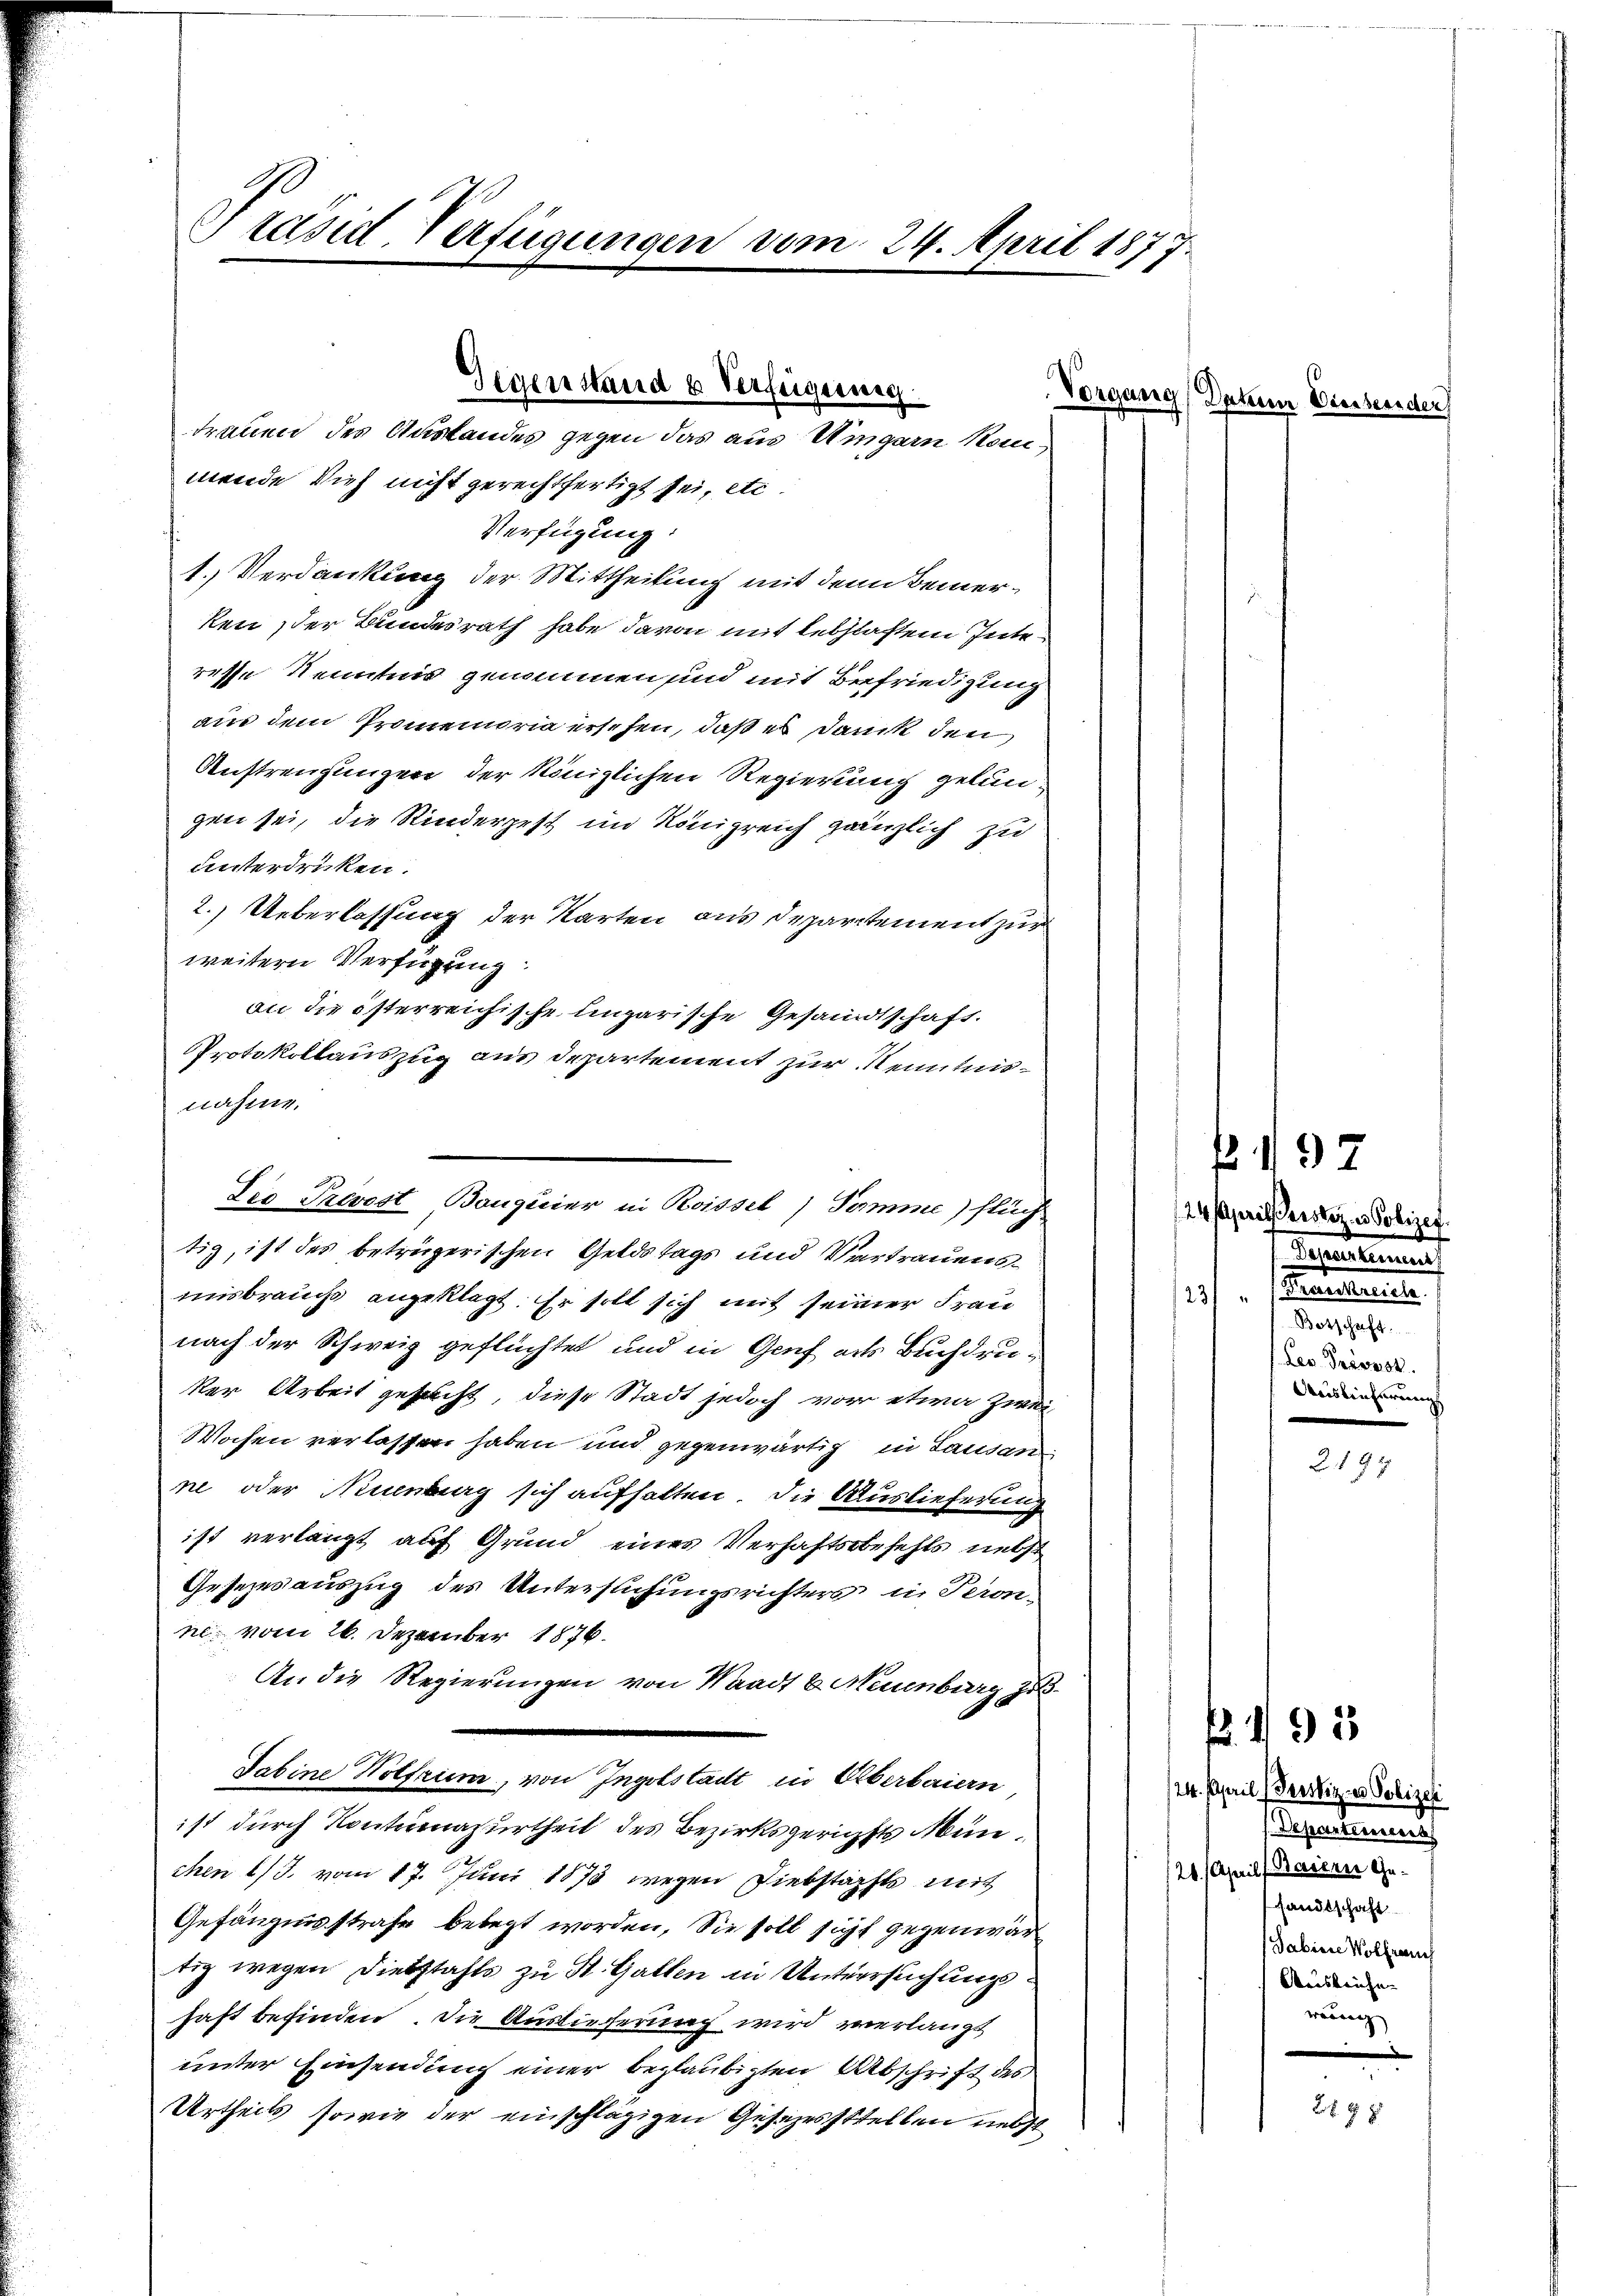
Präsid-Verfügungen vom 24. April 1877.

Verfügung:
1. Verdankung der Mittheilung mit dem Bemerken, der Bundesrath habe davon mit leschlaftem Zeite
resse Kenntnis genommen und mit Befriedigung
am dem Promemoria ersehen, daß es Dank den
Anstreuungen der königlichen Regierung gelungen sei, die Kinderpest im Königreich gänzlich zu
unterdrüken.
2. Ueberlassung der Karten aus Departement zur
weitern Verfügung
nahme.
tiz, ist des betrügerischen Geldstags und Vertrauensmisbrauchs angeklagt. Er soll sich mit seiner Fran
nach der Schweiz geflüchtet und in Genf als Buchdru¬
Ver Arbeit gesucht, diese Stadt jedoch von etwa zwei
Wochen verlassen haben und gegenwärtig in Lausan
ne oder Nimmberg sich aufhalten, die Auslieferung
ist verlangt auf Grund eines Verhaftsbefehls nebst
Gesezesauszug des Untersuchungsrichters in Teron-
n. vom 26. Dezember 1876.
An die Regierungen von Waadt u. Neuenburg zu
Tabine Wolfrum, von Ingelstadt in Oberbaiern
ist durch Kontumazurtheil des Bezirksgerichtes München 1/3. vom 17. Juni 1873 wegen Diebstachts mit
Gefängnisstrafe belegt worden. Sie soll sicht gegenwär
tig wegen Diebstahls zu St. Gatten in Untersuchungshaft befinden. Die Auslieferung wird verlangt
unter Einsendung einer beglaubigten Abschrift des
Urtheils sowie der einschlägigen Gesetzesstellen nebst

Gegenstand u Verfeigerung
trauen des Austandes gegen das aus Ungarn kom
mende Vieh nicht gerechtfertigt sei, etc.

an die österreichische Eingarische Gesandtschaft.
Protokollauszug aus Departement zur Kenntnis¬
Dis Prevost Bouquier in Roissel) Somme) flüch

Vorgang Datum Diessere

24. Aprils erstiz & Polizei.
Separtement
e
23/
Botschaft.
Les devorst
Auslieferungs

f. 497

. 135

24. April (Beesketzes Polizen
Departement
20. April, Basern Gesandtschaft
Dabien Vollman
Ausleihe.
wörung

L 9 z